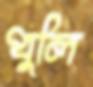
ধুলি